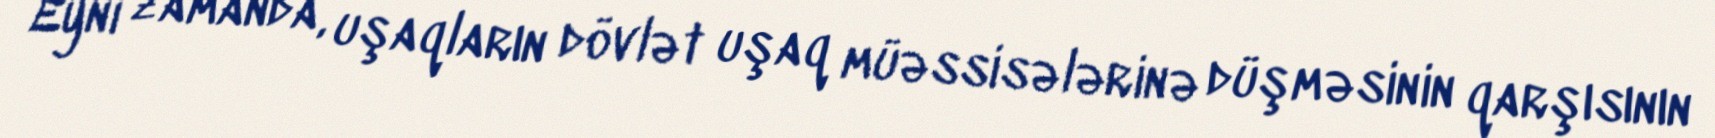
Eyni zamanda, uşaqların dövlət uşaq müəssisələrinə düşməsinin qarşısının